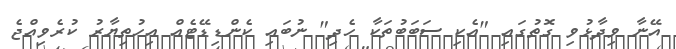
އޭނާ ވިދާޅުވި ގޮތުގައި "އެކި ސަބަބުތަކާ ހެދި" ނުބައި ކެންޑިޑޭޓެއް އިހުތިޔާރު ކުރެވިއްޖެ